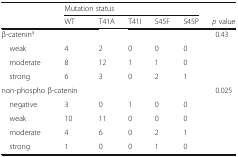
| <ROWSPAN=2>  | <COLSPAN=5> Mutation status |  |
 | WT | T41A | T41I | S45F | S45P | p value |
 | --- | --- | --- | --- | --- | --- | --- |
 | <COLSPAN=2> β-catenina |  |  |  |  | 0.43 |
 | weak | 4 | 2 | 0 | 0 | 0 |  |
 | moderate | 8 | 12 | 1 | 1 | 0 |  |
 | strong | 6 | 3 | 0 | 2 | 1 |  |
 | <COLSPAN=2> non-phospho β-catenin |  |  |  |  | 0.025 |
 | negative | 3 | 0 | 1 | 0 | 0 |  |
 | weak | 10 | 11 | 0 | 0 | 0 |  |
 | moderate | 4 | 6 | 0 | 2 | 1 |  |
 | strong | 1 | 0 | 0 | 1 | 0 |  |